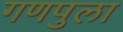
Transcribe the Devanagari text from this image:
गणपुला